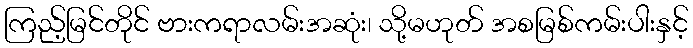
ကြည့်မြင်တိုင် ဗားကရာလမ်းအဆုံး၊ သို့မဟုတ် အစမြစ်ကမ်းပါးနှင့်